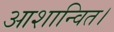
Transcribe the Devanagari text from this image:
आशान्वित।